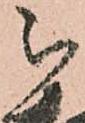
被